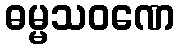
ဓမ္မသဝဏေ